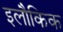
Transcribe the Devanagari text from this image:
इलौकिक